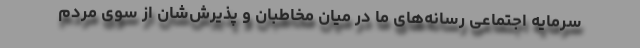
سرمایه اجتماعی رسانه‌های ما در میان مخاطبان و پذیرش‌شان از سوی مردم